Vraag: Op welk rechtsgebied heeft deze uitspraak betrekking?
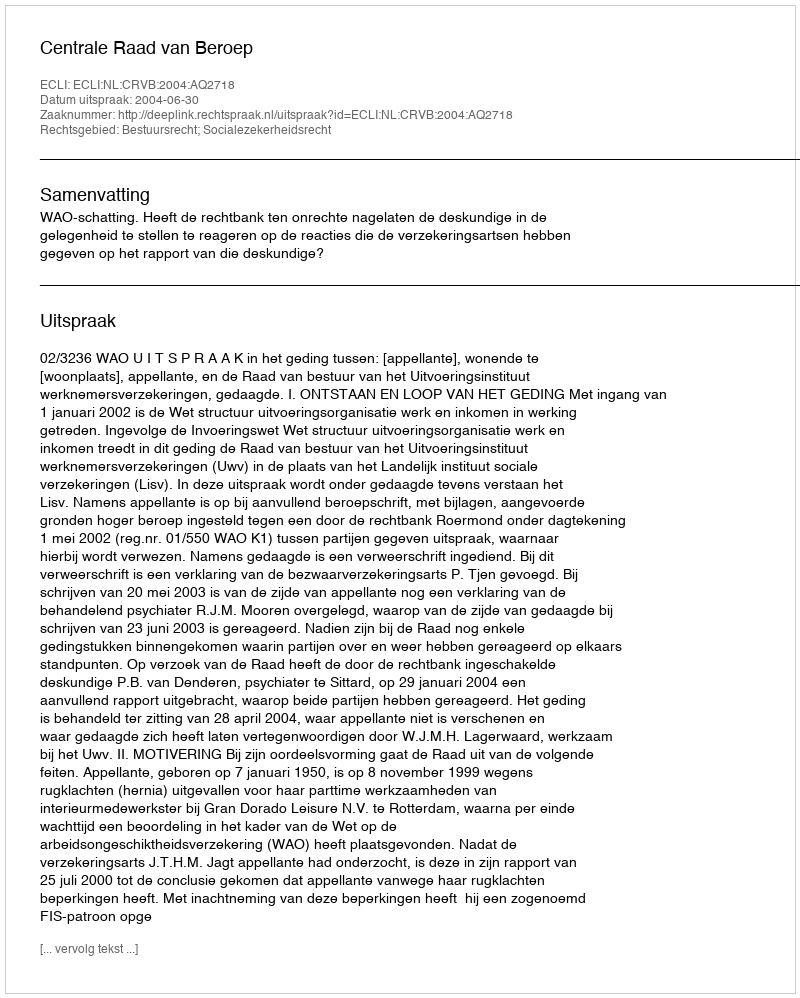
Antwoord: Bestuursrecht; Socialezekerheidsrecht